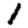
Digit: 1